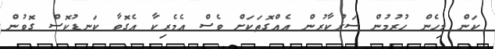
ކަން މިހެން ހުރުމުން ސަރުކާރުން އެއްގޮތަކަށް ވެސް އެމެރިކާ އެގޮވާ ކަނޑުކޮސް ގޮވުން